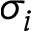
\sigma _ { i }